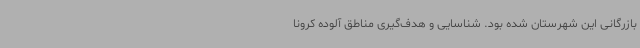
بازرگانی این شهرستان شده بود. شناسایی و هدف‌گیری مناطق آلوده کرونا